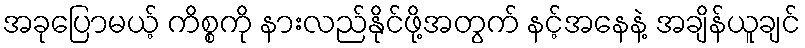
အခုပြောမယ့် ကိစ္စကို နားလည်နိုင်ဖို့အတွက် နင့်အနေနဲ့ အချိန်ယူချင်